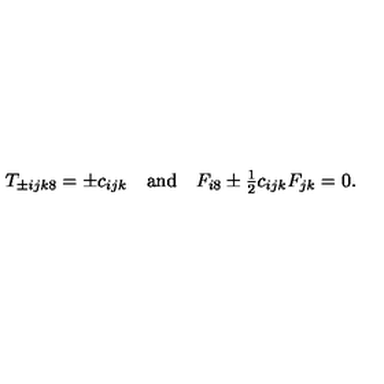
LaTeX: \begin{array} { c c c } { T _ { \pm i j k 8 } = \pm c _ { i j k } } & { \mathrm { a n d } } & { F _ { i 8 } \pm \frac { 1 } { 2 } c _ { i j k } F _ { j k } = 0 . } \\ \end{array}